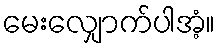
မေးလျှောက်ပါအံ့။